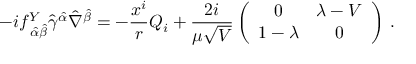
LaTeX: - i f _ { \, \hat { \alpha } \hat { \beta } } ^ { Y } \hat { \gamma } ^ { \hat { \alpha } } \hat { \nabla } ^ { \hat { \beta } } = - \frac { x ^ { i } } { r } Q _ { i } + \frac { 2 i } { \mu \sqrt { V } } \left( \begin{array} { c c } { { 0 } } & { { \lambda - V } } \\ { { 1 - \lambda } } & { { 0 } } \end{array} \right) \, .